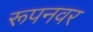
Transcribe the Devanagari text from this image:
रूपनवर